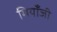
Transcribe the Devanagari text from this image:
मियाँजी